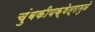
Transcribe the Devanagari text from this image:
चुंबकीयक्षेत्रामुळे